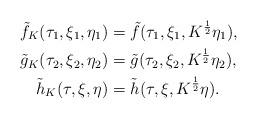
LaTeX: \begin{align*} \tilde{f}_K (\tau_1, \xi_1 , \eta_1) & = \tilde{f} ( \tau_1 , \xi_1, K^{\frac{1}{2}} \eta_1), \\ \tilde{g}_K (\tau_2, \xi_2, \eta_2) & = \tilde{g} ( \tau_2, \xi_2, K^{\frac{1}{2}} \eta_2), \\ \tilde{h}_K (\tau, \xi, \eta) & = \tilde{h} ( \tau, \xi, K^{\frac{1}{2}} \eta).\end{align*}